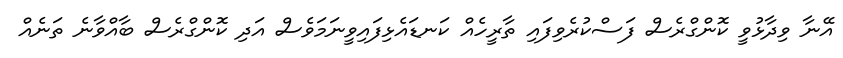
އޭނާ ވިދާޅުވީ ކޮންގްރެސް ފަސްކުރެވިފައި ތާރީހެއް ކަނޑައެޅިފައިވީނަމަވެސް އަދި ކޮންގްރެސް ބާއްވާނެ ތަނެއް